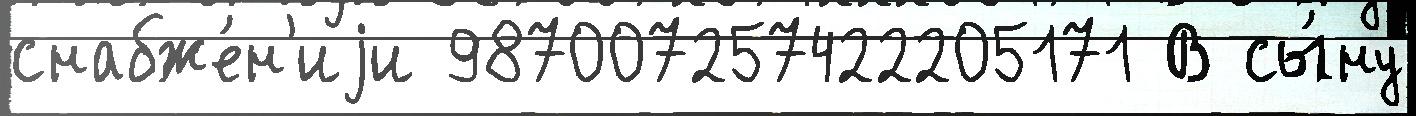
снабже́н'иjи 987007257422205171 В сы́ну